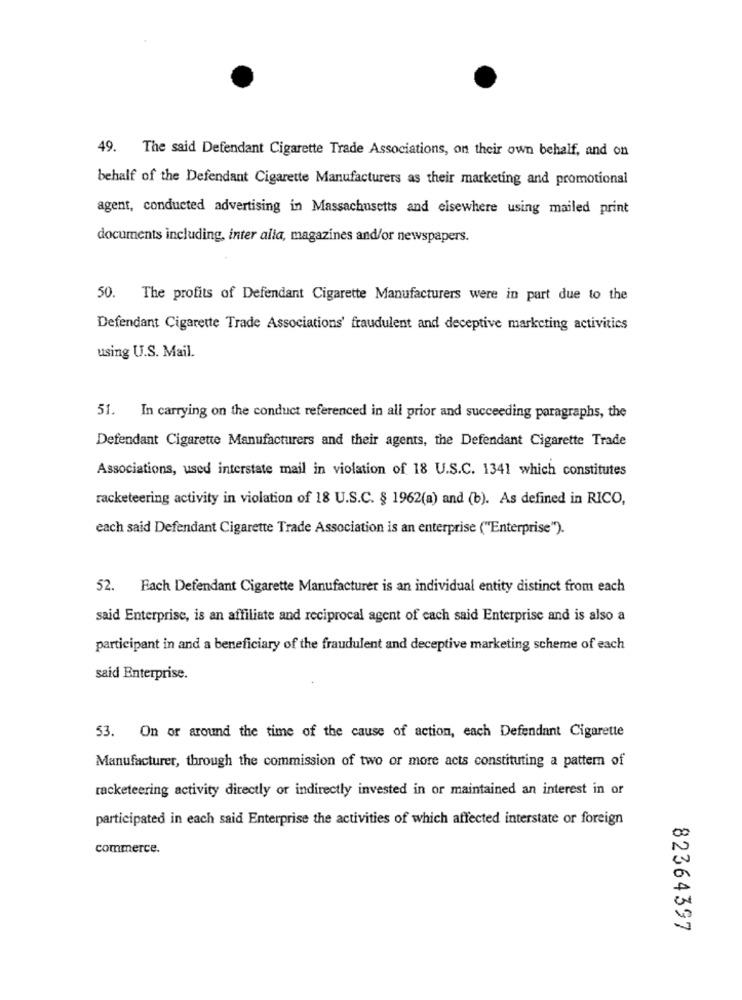
49. The said Defendant Cigarette Trade Associations, on their own behalf, and on
behalf of the Defendant Cigarette Manufacturers as their marketing and promotional
agent, conducted advertising in Massachusetts and elsewhere using mailed print
documents including, inter alla, magazines and/or newspapers.
50. The profits of Defendant Cigarette Manufacturers were in part due to the
Defendant Cigarette Trade Associations' fraudulent and deceptive marketing activities
using U.S. Mail.
51. In carrying on the conduct referenced in all prior and succeeding paragraphs, the
Defendant Cigarette Manufacturers and their agents, the Defendant Cigarette Trade
Associations, used interstate mail in violation of 18 U.S.C. 1341 which constitutes
racketeering activity in violation of 18 U.S.C. § 1962(a) and (b). As defined in RICO,
each said Defendant Cigarette Trade Association is an enterprise ("Enterprise").
52. Fach Defendant Cigarette Manufacturer is an individual entity distinct from each
said Enterprise, is an affiliate and reciprocal agent of each said Enterprise and is also a
participant in and a beneficiary of the fraudulent and deceptive marketing scheme of each
said Enterprise.
53. On or around the time of the cause of action, each Defendant Cigarette
Manufacturer, through the commission of two or more acts constituting a pattern of
racketeering activity directly or indirectly invested in or maintained an interest in or
participated in each said Enterprise the activities of which affected interstate or foreign
commerce.
82364397